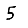
Digit: 5